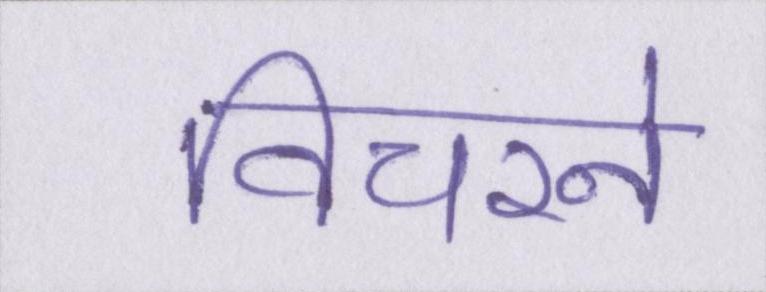
विचरने